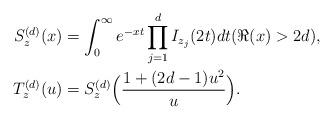
LaTeX: \begin{align*} S^{(d)}_z(x)&=\int^{\infty}_{0}e^{-xt}\prod^{d}_{j=1}I_{z_j}(2t)dt (\Re(x)>2d),\\ T^{(d)}_z(u)&=S^{(d)}_z\Bigl(\frac{1+(2d-1)u^2}{u}\Bigr).\end{align*}